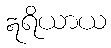
ဣရိယာယ